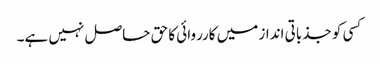
کسی کو جذباتی انداز میں کارروائی کا حق حاصل نہیں ہے۔